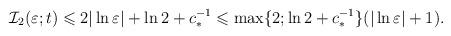
LaTeX: \begin{align*}\mathcal{I}_2(\varepsilon ;t)\leqslant 2 \vert \ln\varepsilon \vert + \ln 2 + c_*^{-1}\leqslant \max \{ 2; \ln 2 + c_*^{-1}\} (\vert \ln\varepsilon \vert+1).\end{align*}